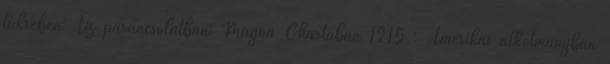
tükrében: Tíz parancsolatban: Magna Chartában 1215 : Amerikai alkotmányban